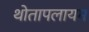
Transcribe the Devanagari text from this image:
थोतापलायम